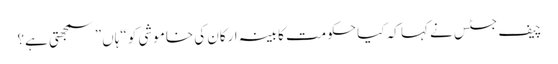
چیف جسٹس نے کہا کہ کیا حکومت کابینہ ارکان کی خاموشی کو “ہاں” سمجھتی ہے؟